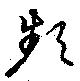
頻